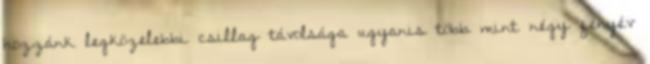
hozzánk legközelebbi csillag távolsága ugyanis több mint négy fényév